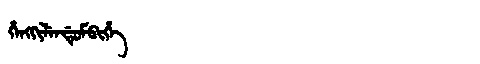
Manchu: ᡥᡝᠩᡴᡳᠯᡝᠨᡩᡠᠮᠪᡳᡥᡝ
Romanization: HENGKILENDUMBIHE